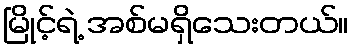
မြိုင့်ရဲ့ အစ်မရှိသေးတယ်။